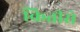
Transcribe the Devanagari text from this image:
कितीसे